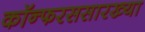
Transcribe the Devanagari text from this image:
कॉन्फरससारख्या